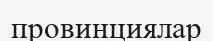
провинциялар